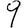
Digit: 9